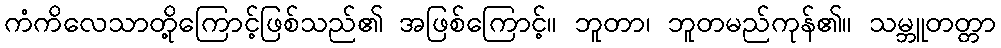
ကံကိလေသာတို့ကြောင့်ဖြစ်သည်၏ အဖြစ်ကြောင့်။ ဘူတာ၊ ဘူတမည်ကုန်၏။ သမ္ဘူတတ္တာ